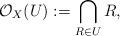
LaTeX: \begin{align*}\mathcal{O}_X(U):=\bigcap_{R \in U} R, \end{align*}